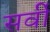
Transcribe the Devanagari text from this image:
सर्वी